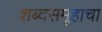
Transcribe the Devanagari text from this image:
शब्दसमूहाचा